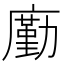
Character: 㢙